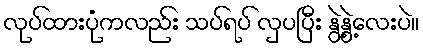
လုပ်ထားပုံကလည်း သပ်ရပ် လှပပြီး နွဲ့နွဲ့လေးပဲ။